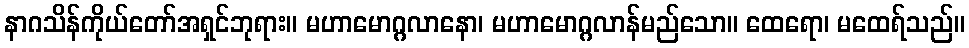
နာဂသိန်ကိုယ်တော်အရှင်ဘုရား။ မဟာမောဂ္ဂလာနော၊ မဟာမောဂ္ဂလာန်မည်သော။ ထေရော၊ မထေရ်သည်။